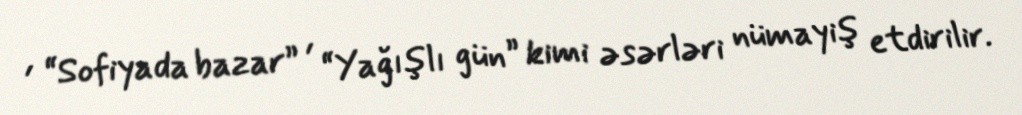
, “Sofiyada bazar” , “Yağışlı gün” kimi əsərləri nümayiş etdirilir.